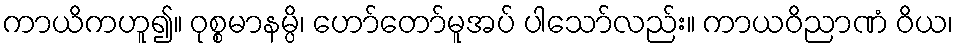
ကာယိကဟူ၍။ ဝုစ္စမာနမ္ပိ၊ ဟော်တော်မူအပ် ပါသော်လည်း။ ကာယဝိညာဏံ ဝိယ၊